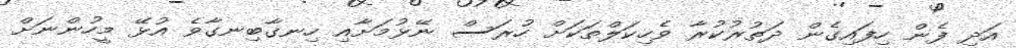
އަދި ފެން ހިފައިގެން ދަތުރުކުރާ ވެހިކަލްތަަކަށް ހުރަސް ނޭޅުމަށާއި ހިނގާބިނގާވެ އުޅޭ މީހުންނަށް